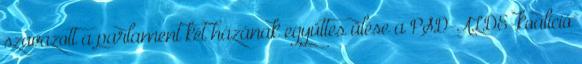
szavazott a parlament két házának együttes ülése a PSD-ALDE-koalíció